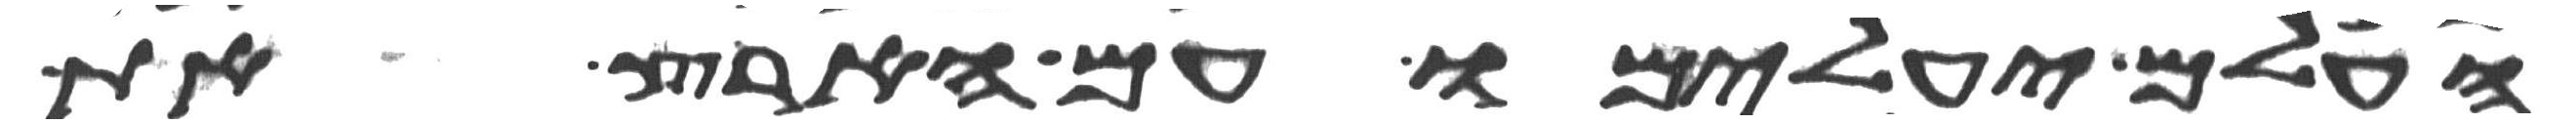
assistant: העלם יעלמו עם הארץ את